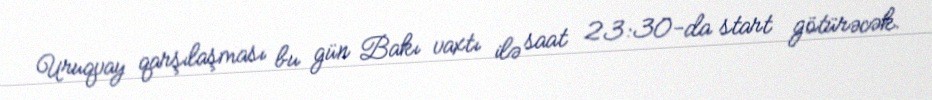
Uruqvay qarşılaşması bu gün Bakı vaxtı ilə saat 23:30-da start götürəcək.